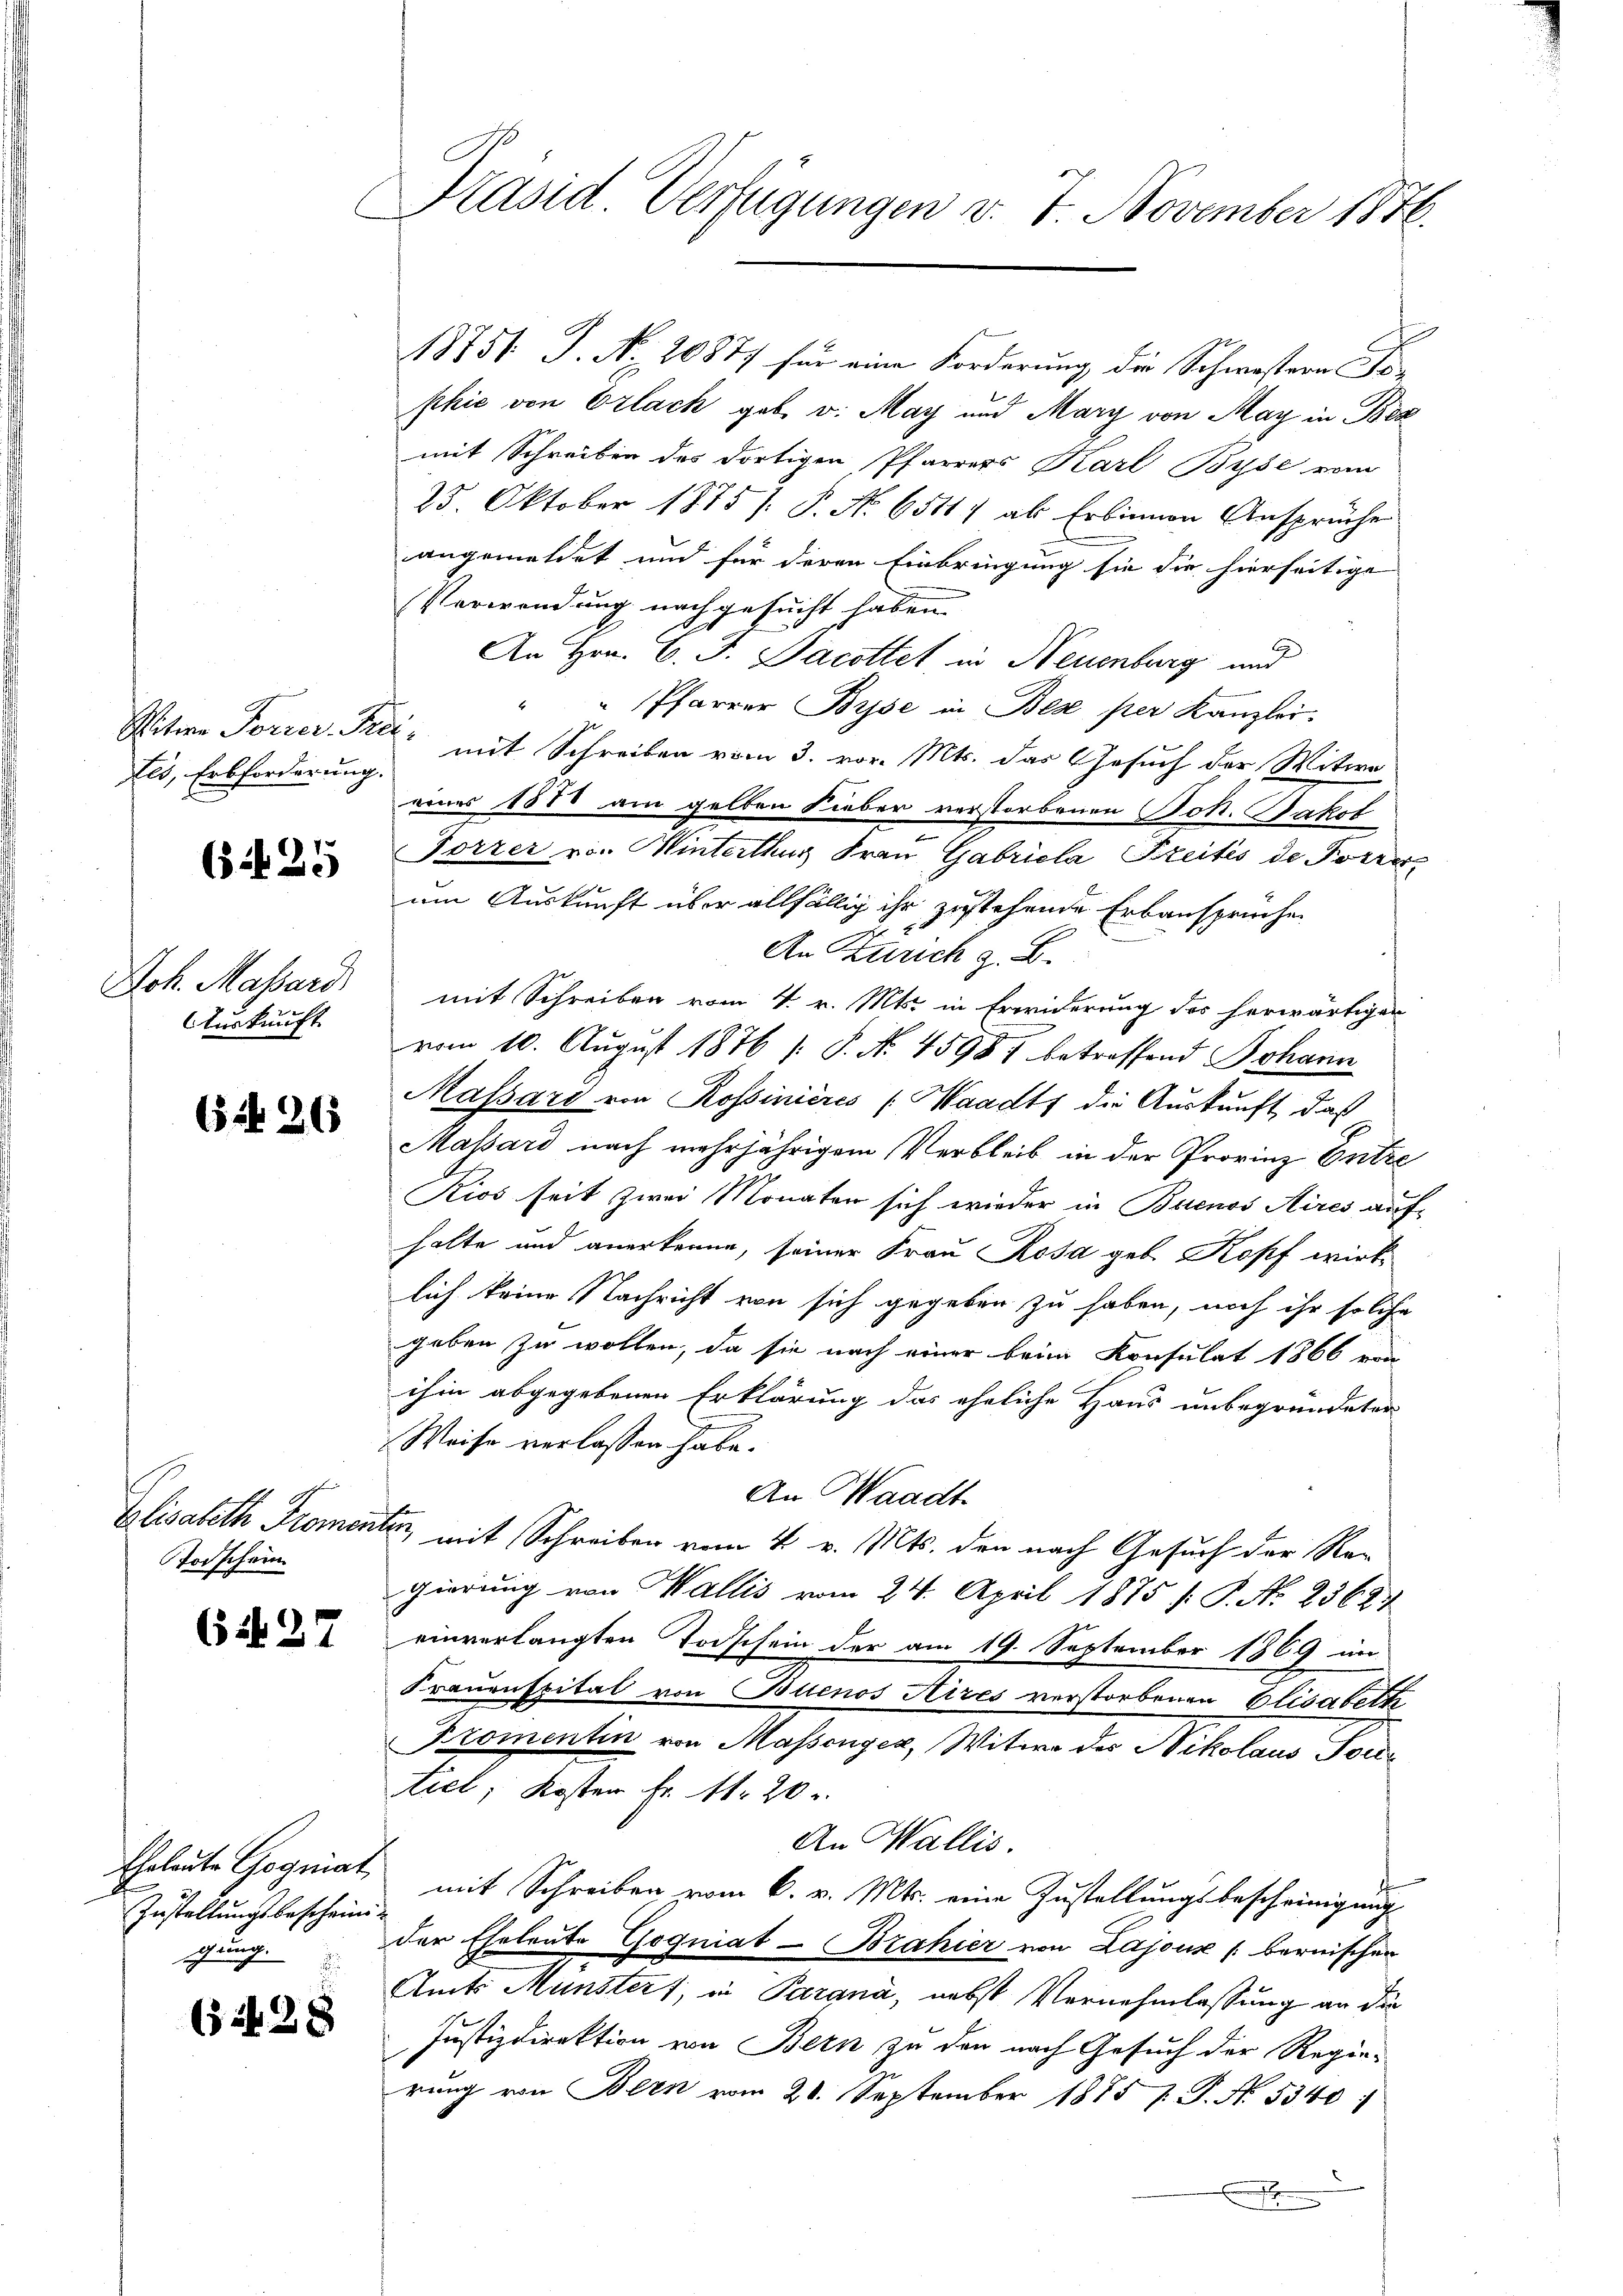
tes, Erbforderung.

5 f 35

Tuskunft

6 f 26

Todschein

Cif. 27

Zustellungsbescheinigung

522 x

Präsid. Verfügungen v. 7. November 1876.
E

18751 J. No. 2087 für eine Forderung die Schwestern Tophie von Erlach geb. v. May und Mary von May in Bez
mit Schreiben des dortigen Pfarrers Karl Byse vom
25. Oktober 1875 /: P. Nr. 6581) als Erbinnen Ansprüche
angemeldet und für deren Einbringung sie die hierseitige
Verwendung nachgesucht haben.
An Hrn. B. J. Jacottet, in Neuenburg und
E
" Pfarrer Bise in Bez per Kanzlei.
Witwe Forrer. Sie mit Schreiben vom 3. vor. Mts. das Gesuch der Witwe
eines 1878 am gelben Lieber verstorbenen Joh. Pakol
Forrer von Winterthur Frau Gabriela Freitis de Forress
um Auskunft über allfällig ihr zustehende Erbansprüche
An Zürich z. B.
Joh. Massard mit Schreiben vom 4. v. Mts. in Erwiderung des herwärtiger
vom 10. August 1876 /: P. N. 4598) betreffend Johann
Massard von Rossinières (Waadt die Auskunft, daß
Massard nach mehrjährigem Verbleib in der Provinz Entre
Kios seit zwei Monaten sich wieder in Buenos Aires aufhalte und anerkenne, seiner Frau Rosa geb. Kopf wirklich keine Nachricht von sich gegeben zu haben, noch ihr solche
geben zu wollen, da sie nach einer bein Konsulat 1866 von
ihm abgegebenen Erklärung das eheliche Haus unbegründeten
Weise verlassen habe.
An Waadt
Elisabeth Promenter, mit Schreiben vom 4. v. Mts. den nach Gesuch der Regierung von Wallis vom 24. April 1875 /: P. No. 23624
einverlangten Todschein der am 19. September 1869 im
Frauenspital von Buenos Aires verstorbenen Elisabeth
Promentin von Massongez, Witwe des Nikolaus Portiel, Kosten Fr. 1. 20.
An Wallis.
Eheleute Gegniat mit Schreiben vom 6. v. Mts. eine Zustellungsbescheinigung
der Eheleute Goqniat-Brahier von Lajous bernischen
Amts Münstert, in Pargna, nebst Vernehmlassung an die
Justizdirektion von Bern zu den nach Gesuch der Regierung von Bern vom 20. September 1875 P. P. N. 5340: